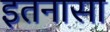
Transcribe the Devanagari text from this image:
इतनासा